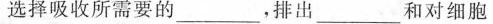
选择吸收所需要的___，排出___和对细胞